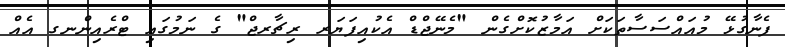
ފެނާގުޅޭ މުއައްސަސާތަކަށް އަމާޒުކޮށްގެން "މެނޭޖްޑް އެކުއިފަޔަރ ރިޗާރޖް" ގެ ނަމުގައި ޓްރެއިންނގ އެއް